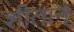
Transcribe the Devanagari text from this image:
शीतान्